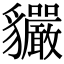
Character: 𧴣